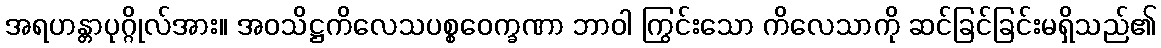
အရဟန္တာပုဂ္ဂိုလ်အား။ အဝသိဋ္ဌကိလေသပစ္စဝေက္ခဏာ ဘာဝါ ကြွင်းသော ကိလေသာကို ဆင်ခြင်ခြင်းမရှိသည်၏